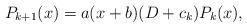
LaTeX: \begin{align*} P_{k+1}(x) = a(x+b)(D+c_{k})P_{k}(x),\end{align*}